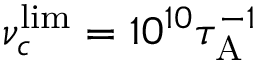
\nu _ { c } ^ { \mathrm { l i m } } = 1 0 ^ { 1 0 } \tau _ { \mathrm { A } } ^ { - 1 }